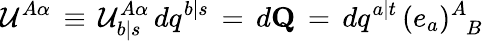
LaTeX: {\cal U}^{A\alpha}\, \equiv\, {\cal U}_{b\vert s}^{A\alpha}\, dq^{b\vert s}\, =\, d{\mathbf Q}\, =\, dq^{a\vert t}\, (e_{a})_{\phantom{A}B}^{A}